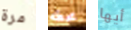
مرة محطه أيها